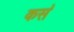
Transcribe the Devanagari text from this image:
कस॓